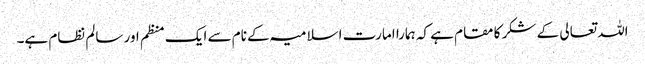
اللہ تعالی کے شکر کا مقام ہے کہ ہمارا امارت اسلامیہ کے نام سے ایک منظم اور سالم نظام ہے۔